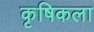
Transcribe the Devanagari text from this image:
कृषिकला